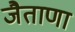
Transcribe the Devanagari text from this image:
जैताणा